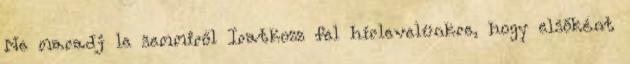
Ne maradj le semmiről Iratkozz fel hírlevelünkre, hogy elsőként